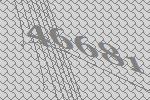
46681